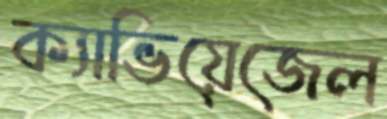
ক্যাভিয়েজেল